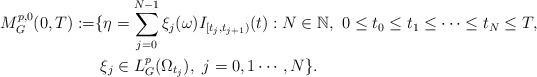
LaTeX: \begin{align*}M_G^{p,0}(0,T):=& \{\eta=\sum_{j=0}^{N-1}\xi_j(\omega)I_{[t_j,t_{j+1})}(t): N\in\mathbb{N},\ 0\leq t_0\leq t_1\leq \cdots\leq t_N\leq T, \\& \ \xi_j\in L_{G}^p(\Omega_{t_j}),\ j=0,1\cdots,N\}.\end{align*}